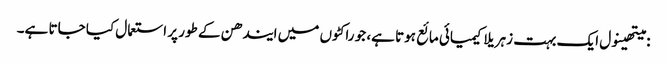
: میتھینول ایک بہت زہریلا کیمیائی مائع ہوتا ہے، جو راکٹوں میں ایندھن کے طور پر استعمال کیا جاتا ہے۔